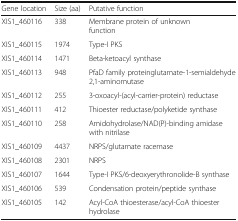
<table><thead><tr><td><b>Gene location</b></td><td><b>Size (aa)</b></td><td><b>Putative function</b></td></tr></thead><tbody><tr><td>XIS1_460116</td><td>338</td><td>Membrane protein of unknown function</td></tr><tr><td>XIS1_460115</td><td>1974</td><td>Type-I PKS</td></tr><tr><td>XIS1_460114</td><td>1471</td><td>Beta-ketoacyl synthase</td></tr><tr><td>XIS1_460113</td><td>948</td><td>PfaD family proteinglutamate-1-semialdehyde 2,1-aminomutase</td></tr><tr><td>XIS1_460112</td><td>255</td><td>3-oxoacyl-(acyl-carrier-protein) reductase</td></tr><tr><td>XIS1_460111</td><td>412</td><td>Thioester reductase/polyketide synthase</td></tr><tr><td>XIS1_460110</td><td>258</td><td>Amidohydrolase/NAD(P)-binding amidase with nitrilase</td></tr><tr><td>XIS1_460109</td><td>4437</td><td>NRPS/glutamate racemase</td></tr><tr><td>XIS1_460108</td><td>2301</td><td>NRPS</td></tr><tr><td>XIS1_460107</td><td>1644</td><td>Type-I PKS/6-deoxyerythronolide-B synthase</td></tr><tr><td>XIS1_460106</td><td>539</td><td>Condensation protein/peptide synthase</td></tr><tr><td>XIS1_460105</td><td>142</td><td>Acyl-CoA thioesterase/acyl-CoA thioester hydrolase</td></tr></tbody></table>